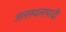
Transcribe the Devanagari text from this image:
जलस्थलपादी